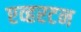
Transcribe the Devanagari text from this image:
एव्हरटन